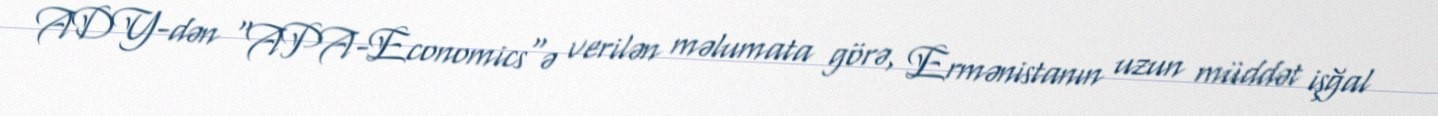
ADY-dən "APA-Economics"ə verilən məlumata görə, Ermənistanın uzun müddət işğal